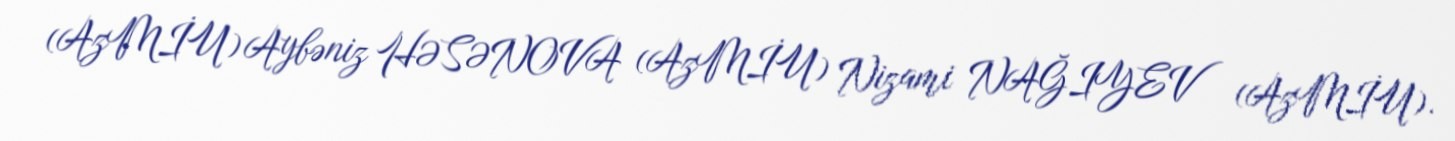
(AzMİU) Aybəniz HƏSƏNOVA (AzMİU) Nizami NAĞIYEV (AzMİU).